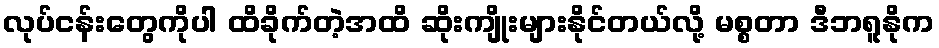
လုပ်ငန်းတွေကိုပါ ထိခိုက်တဲ့အထိ ဆိုးကျိုးများနိုင်တယ်လို့ မစ္စတာ ဒီဘရူနိုက